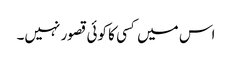
اس میں کسی کا کوئی قصور نہیں۔